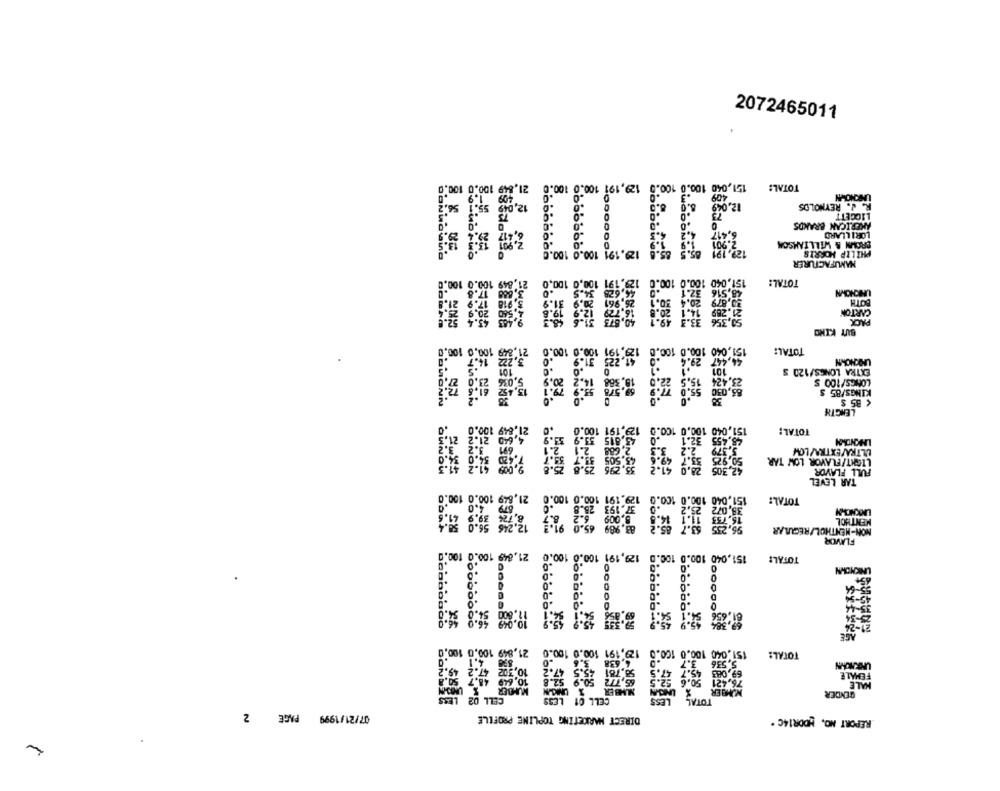
2072465011
129,191 100.0
TOTAL:
LARONOWN
R. J. REYNOLDS
LIGGETT
AMERICAN BRANDS
LORILLARD
BROWN & WILLIAMSON
ON
PHILIP MORRIS
MANUFACTURER
8
849 100.0 100.0
129,191 100,0 100.0
TOTAL:
34.5
UNICHOWN
.9 31.
BOTH
CARTON
PACK
8. 885
BUT KIND
$9 100.0 100.0
100.0 100.0
TOTAL:
100.
9.4
191
LASICNONN
101
15.2
, 388
EXTRA LONGS/120 S
20.9
LONGS/100 S
KINGS/85 S
87 00.
8. . NN.
LENGTH
21.849 100.0
129.191
151,040 100.
4,60 21.2
100.0
TOTAL:
ULTRA/EXTRA/LOH
LIGHT/FLAVOR LOW TAR
295
FULL FLAVOR
TAR LEVEL
21,849 100.0 100.0
129,191 100.0 1
TOTAL:
8.72 39.9 21.6
MENTHOL
NON-MENTHOL/REGULAR
8. 09
FLAVOR
TOTAL:
8.
UNKNOWN
55-64
49-54
35-44
25-34
AGE
21,849 100.0 100,0
100.0 100.0
151.040 100.0 100.0
TOTAL:
URKAKAN
FEMALE
HALE
BENDER
07/21/1999 PAGE 2
DIRECT MARKETING TOPLINE PROFILE
REPORT NO, MDDR14C .